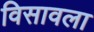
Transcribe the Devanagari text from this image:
विसावला